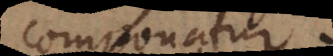
componatur.